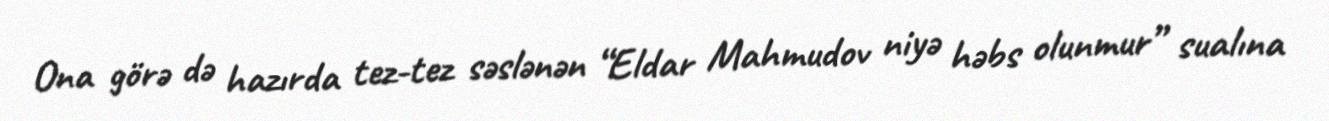
Ona görə də hazırda tez-tez səslənən “Eldar Mahmudov niyə həbs olunmur” sualına